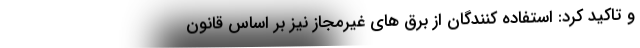
و تاکید کرد: استفاده کنندگان از برق های غیرمجاز نیز بر اساس قانون